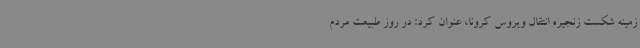
زمینه شکست زنجیره انتقال ویروس کرونا، عنوان کرد: در روز طبیعت مردم